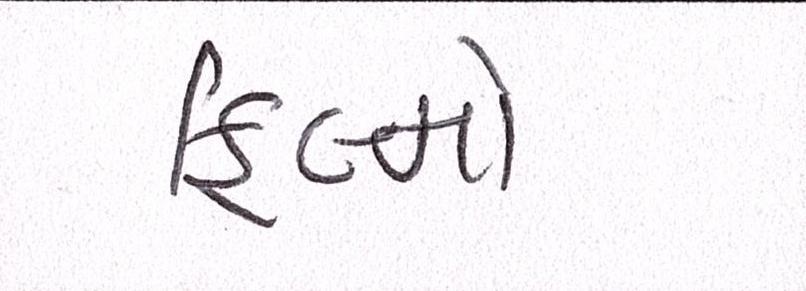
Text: ફિલ્મો